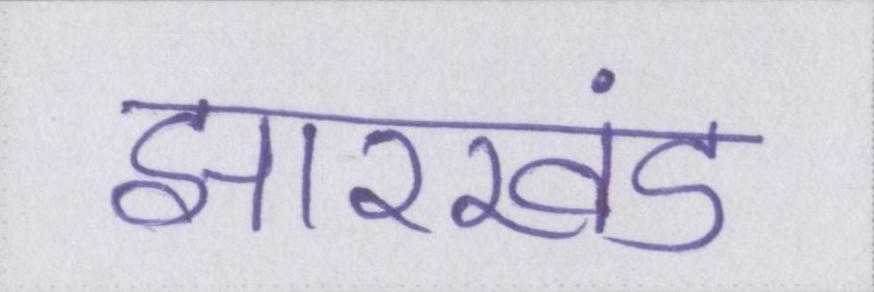
झारखंड